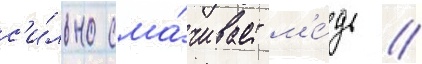
с'и́льно сма́чивает м'е́дь //